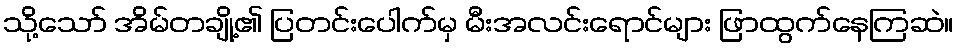
သို့သော် အိမ်တချို့၏ ပြတင်းပေါက်မှ မီးအလင်းရောင်များ ဖြာထွက်နေကြဆဲ။